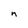
Character: n